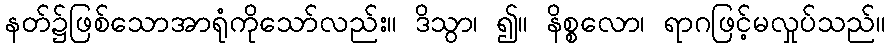
နတ်၌ဖြစ်သောအာရုံကိုသော်လည်း။ ဒိသွာ၊ ၍။ နိစ္စလော၊ ရာဂဖြင့်မလှုပ်သည်။